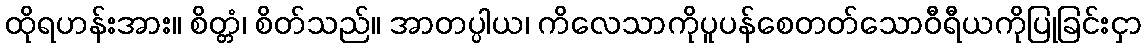
ထိုရဟန်းအား။ စိတ္တံ၊ စိတ်သည်။ အာတပ္ပါယ၊ ကိလေသာကိုပူပန်စေတတ်သောဝီရီယကိုပြုခြင်းငှာ